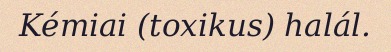
Kémiai (toxikus) halál.